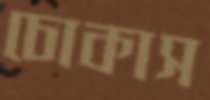
চোকাস